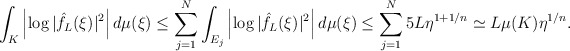
\begin{align*}\int_{K}\left|\log|\hat f_L(\xi)|^2\right|d\mu(\xi)&\leq \sum^{N}_{j=1}\int_{E_j}\left|\log |\hat f_L(\xi)|^2 \right|d\mu(\xi) \leq \sum^{N}_{j=1} 5L\eta^{1+1/n} \simeq L\mu(K) \eta^{1/n}.\end{align*}